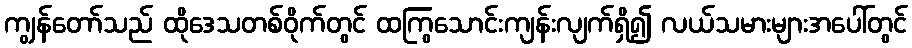
ကျွန်တော်သည် ထိုဒေသတစ်ဝိုက်တွင် ထကြွသောင်းကျန်းလျက်ရှိ၍ လယ်သမားများအပေါ်တွင်